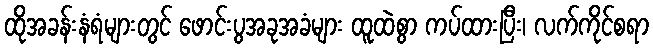
ထိုအခန်းနံရံများတွင် ဖောင်းပွအခုအခံများ ထူထဲစွာ ကပ်ထားပြီး၊ လက်ကိုင်စရာ